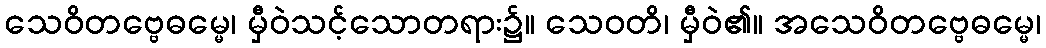
သေဝိတဗ္ဗေဓမ္မေ၊ မှီဝဲသင့်သောတရား၌။ သေဝတိ၊ မှီဝဲ၏။ အသေဝိတဗ္ဗေဓမ္မေ၊